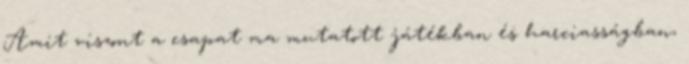
Amit viszont a csapat ma mutatott játékban és harciasságban,